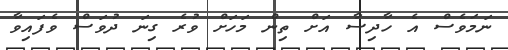
ނަމަވެސް އެ ހާދިސާ އަށް ތިން މަހަށް ވުރެ ގިނަ ދުވަސް ވެފައިވާ